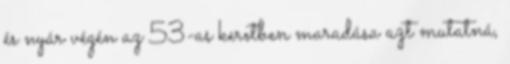
és nyár végén az 53-as keretben maradása azt mutatná,